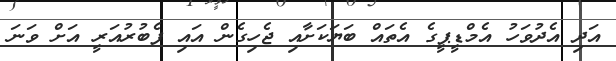
އަދި އެދުވަހު އެމްޑީޕީގެ އެތައް ބަޔަކަށާއި ޖެހިގެން އައި ފެބުރުއަރީ އަށް ވަނަ